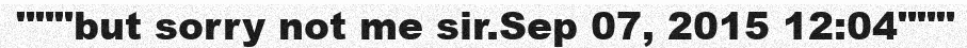
"""but sorry not me sir.Sep 07, 2015 12:04"""